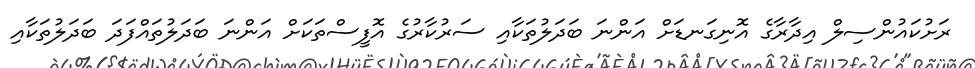
ރަށުކައުންސިލް އިދާރާގެ އޮނިގަނޑަށް އަންނަ ބަދަލުތަކާއި ސަރުކާރުގެ އޮފީސްތަކަށް އަންނަ ބަދަލުތައްފަދަ ބަދަލުތަކާއި